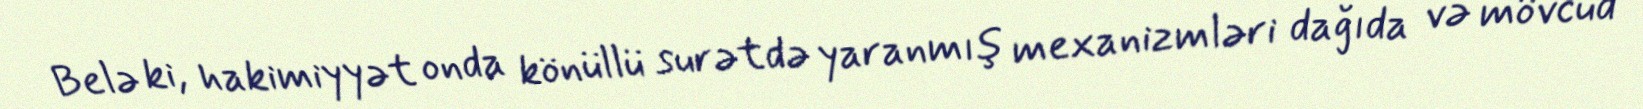
Belə ki, hakimiyyət onda könüllü surətdə yaranmış mexanizmləri dağıda və mövcud